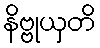
နိဗ္ဗုယှတိ